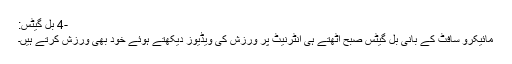
-4 بل گیٹس:
مائیکرو سافٹ کے بانی بل گیٹس صبح اٹھتے ہی انٹرنیٹ پر ورزش کی ویڈیوز دیکھتے ہوئے خود بھی ورزش کرتے ہیں۔